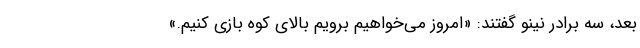
بعد، سه برادر نینو گفتند: «امروز می‌خواهیم برویم بالای کوه بازی کنیم.»